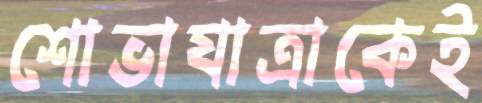
শোভাযাত্রাকেই